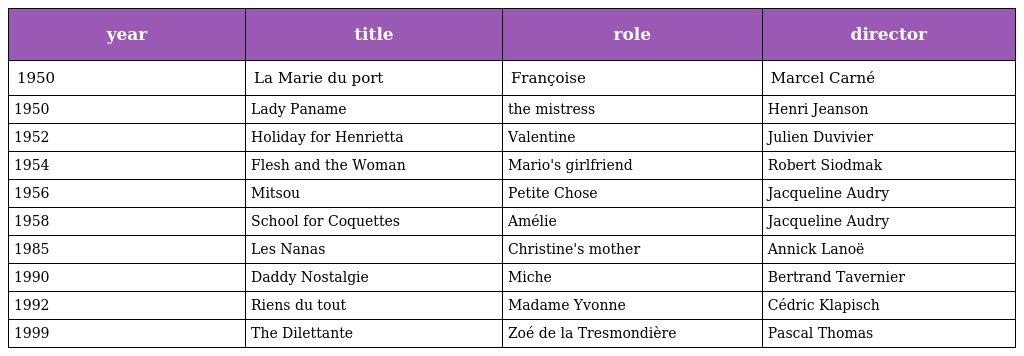
| year | title | role | director |
 | --- | --- | --- | --- |
 | 1950 | La Marie du port | Françoise | Marcel Carné |
 | 1950 | Lady Paname | the mistress | Henri Jeanson |
 | 1952 | Holiday for Henrietta | Valentine | Julien Duvivier |
 | 1954 | Flesh and the Woman | Mario's girlfriend | Robert Siodmak |
 | 1956 | Mitsou | Petite Chose | Jacqueline Audry |
 | 1958 | School for Coquettes | Amélie | Jacqueline Audry |
 | 1985 | Les Nanas | Christine's mother | Annick Lanoë |
 | 1990 | Daddy Nostalgie | Miche | Bertrand Tavernier |
 | 1992 | Riens du tout | Madame Yvonne | Cédric Klapisch |
 | 1999 | The Dilettante | Zoé de la Tresmondière | Pascal Thomas |